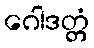
ဂေါဒတ္တံ